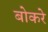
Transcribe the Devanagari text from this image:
बोकरे